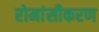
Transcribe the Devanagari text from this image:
रोमांसीकरण